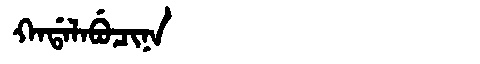
Manchu: ᡴᠠᡩᠠᠯᠠᠪᡠᠴᡳᠨᠠ
Romanization: KADALABUCINA